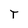
Character: T